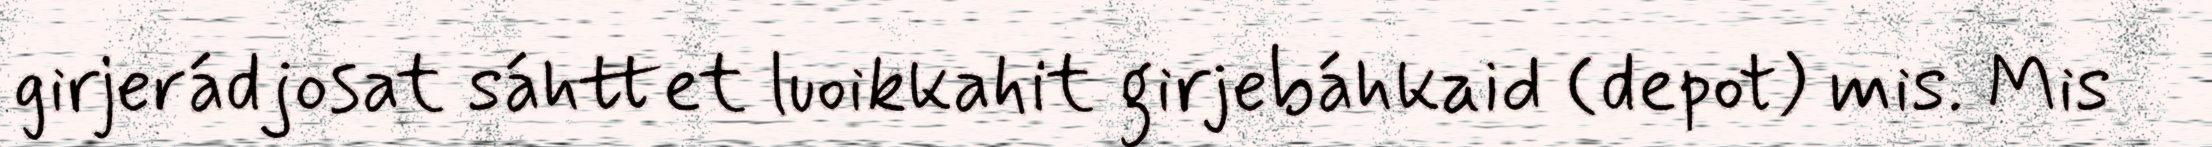
girjerádjosat sáhttet luoikkahit girjebáhkaid (depot) mis. Mis